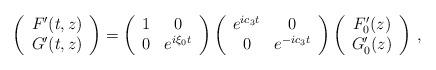
LaTeX: \begin{align*}\left(\begin{array}{c}F'(t,z)\\G'(t,z)\end{array}\right)=\left(\begin{array}{cc}1 & 0 \\0 & e^{i\xi_0 t}\end{array}\right)\left(\begin{array}{cc}e^{ic_3 t} & 0\\0 & e^{-ic_3 t}\end{array}\right)\left(\begin{array}{c}F_0'(z)\\G_0'(z)\end{array}\right)\,,\end{align*}